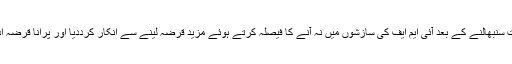
اردوغان نے حکومت سنبھالنے کے بعد آئی ایم ایف کی سازشوں میں نہ آنے کا فیصلہ کرتے ہوئے مزید قرضہ لینے سے انکار کرددیا اور پرانا قرضہ ادا کرنا شروع کردیا۔